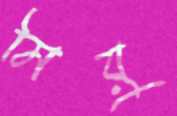
মিয়ু